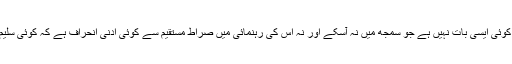
مطلب یہ ہے کہ لفظ و معنی کے اعتبار سے اِس میں کوئی ایسی بات نہیں ہے جو سمجھ میں نہ آسکے اور نہ اِس کی رہنمائی میں صراط مستقیم سے کوئی ادنیٰ انحراف ہے کہ کوئی سلیم الفطرت انسان اُس کو قبول کرنے سے انکار کر دے۔